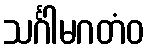
သင်္ဂါမဂတံဝ